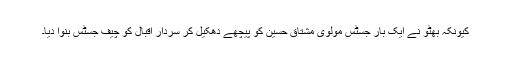
کیونکہ بھٹو نے ایک بار جسٹس مولوی مشتاق حسین کو پیچھے دھکیل کر سردار اقبال کو چیف جسٹس بنوا دیا۔